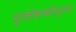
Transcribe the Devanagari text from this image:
मुलीबाळीसुद्धा